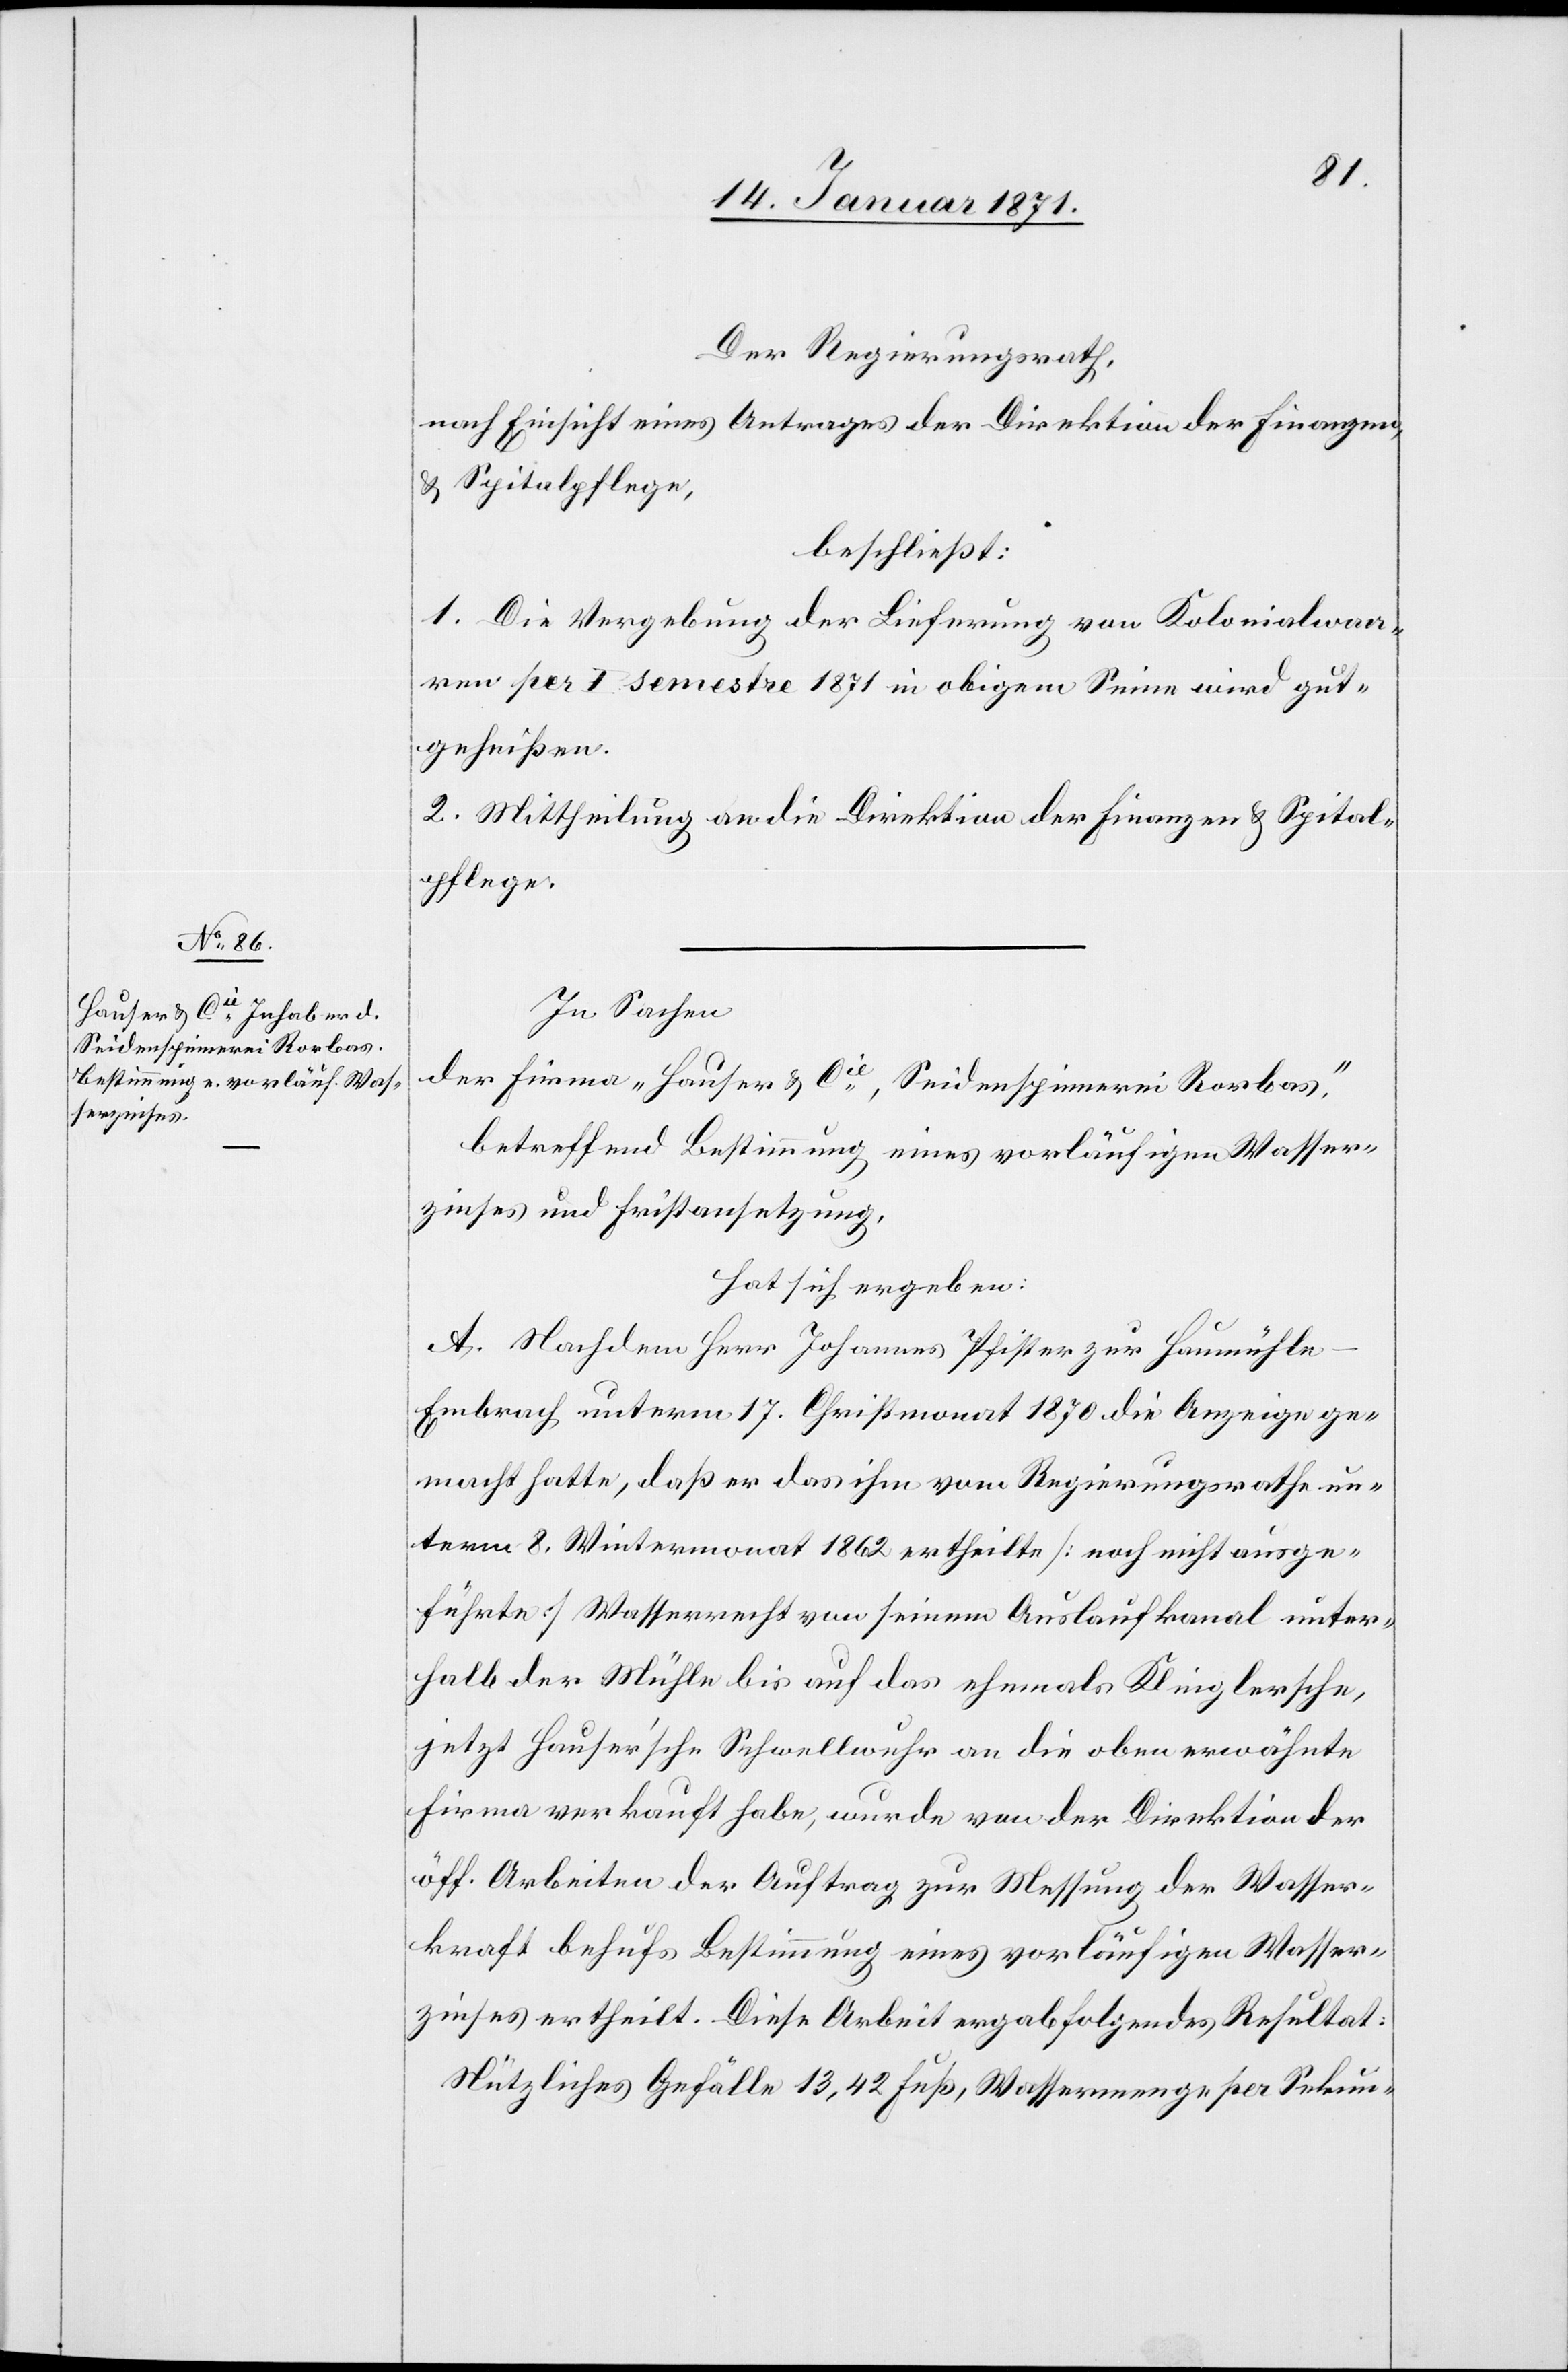
Der Regierungsrath
nach Einsicht eines Antrages der Direktion der Finanzen,
u. Spitalpflege,
beschließt:
1. Die Vergebung der Lieferung von Kolonialwa¬
ren per I Semester 1871 in obigem Sinne wird gut¬
geheißen.
2. Mittheilung an die Direktion der Finanzen u. Spital¬
pflege.
In Sachen
der Firma „Hauser u. Cie., Seidenspinnerei Rorbas.“
betreffend Bestimmung eines vorläufigen Wasser¬
zinses und Fristansetzung,
hat sich ergeben:
A. Nachdem Herr Johannes Pfister zur Hausmühl¬
e-Embrach unterm 17. Christmonat 1870 die Anzeige ge¬
macht hatte, daß er das ihm vom Regierungsrathe un¬
term 8. Wintermonat 1862 ertheilte [noch nicht ausge¬
führte] Wasserrecht von seinem Auslaufkanal unter¬
halb der Mühle bis auf das ehemals Klinglersche,
jetzt Hauser’sche Schwellwuhr an die oben erwähnte
Firma verkauft habe, wurde von der Direktion der
öff. Arbeiten der Auftrag zur Messung der Wasser¬
kraft behufs Bestimmung eines vorläufigen Wasser¬
zinses ertheilt. Diese Arbeit ergab folgendes Resultat:
Nützliches Gefälle 13,42 Fuß, Wassermenge per Sekun-